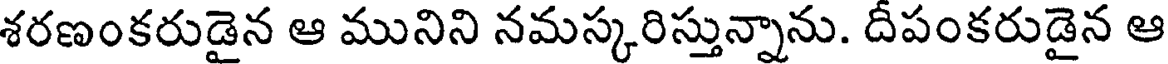
శరణంకరుడైన ఆ మునిని నమస్కరిస్తున్నాను. దీపంకరుడైన ఆ